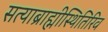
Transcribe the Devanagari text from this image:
सत्याब्राह्मीस्थितिरिव